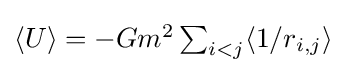
{\textstyle \langle U\rangle =-Gm^{2}\sum _{i<j}\langle {1}/{r_{i,j}}\rangle }